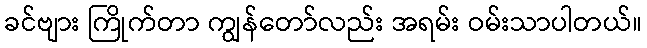
ခင်ဗျား ကြိုက်တာ ကျွန်တော်လည်း အရမ်း ဝမ်းသာပါတယ်။